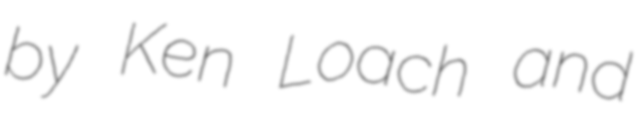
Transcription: by Ken Loach and